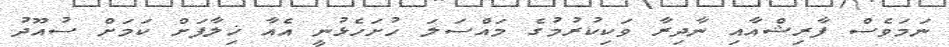
ނަމަވެސް ފާރިޝްއާއި ނާދިރާ ވަކިކުރުމުގެ މައްސަލަ ހުށަހެޅުނީ އެއާ ޚިލާފަށް ކަމަށް ސުއޫދު